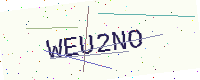
Text: WEU2NO